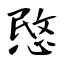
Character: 愍